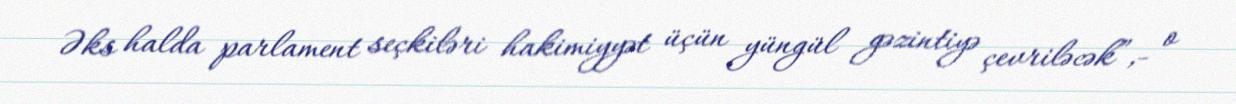
Əks halda parlament seçkiləri hakimiyyət üçün yüngül gəzintiyə çevriləcək”,- o